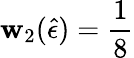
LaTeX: \mathbf{w}_{2}(\hat{{\epsilon}})=\frac{{1}}{{8}}